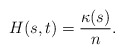
\begin{align*}H(s,t)=\frac{\kappa(s)}{n}.\end{align*}